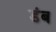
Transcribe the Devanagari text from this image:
डंब